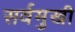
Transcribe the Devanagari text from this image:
सर्वमुखी